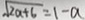
\sqrt { 2 a + 6 } = 1 - a